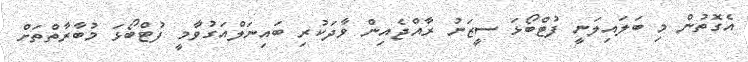
އެގޮތުން މި ބަލައިލަނީ ފުޓްބޯޅަ ސީޒަނު ރާއްޖެއިން ވާދަކުރި ބައިނަލްއަގުވާމީ ފުޓްބޯޅަ މުބާރާތްތަށް